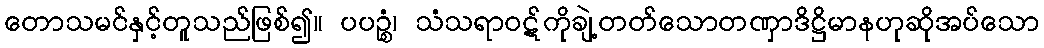
တောသမင်နှင့်တူသည်ဖြစ်၍။ ပပဉ္စံ၊ သံသရာဝဋ်ကိုချဲ့တတ်သောတဏှာဒိဋ္ဌိမာနဟုဆိုအပ်သော